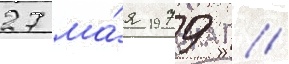
27 ма́я 1979 /